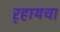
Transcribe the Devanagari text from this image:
र्‍हायचा